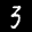
Label: 3